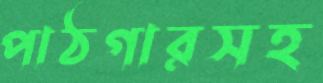
পাঠগারসহ